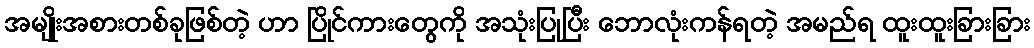
အမျိုးအစားတစ်ခုဖြစ်တဲ့ ဟာ ပြိုင်ကားတွေကို အသုံးပြုပြီး ဘောလုံးကန်ရတဲ့ အမည်ရ ထူးထူးခြားခြား